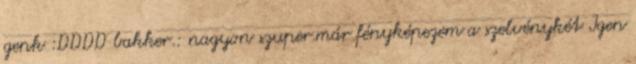
genk :DDDD bakker.: nagyon szuper.már fényképezem a szelvénykét Igen